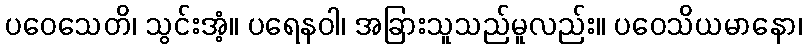
ပဝေသေတိ၊ သွင်းအံ့။ ပရေနဝါ၊ အခြားသူသည်မူလည်း။ ပဝေသိယမာနော၊